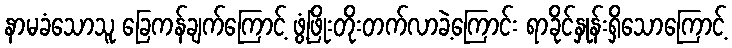
နာမခံသောသူ ခြေကန်ချက်ကြောင့် ဖွံ့ဖြိုးတိုးတက်လာခဲ့ကြောင်း ရာခိုင်နှုန်းရှိသောကြောင့်